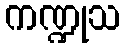
ကဏ္ဍုသ